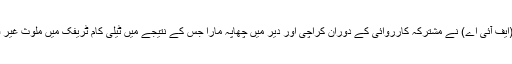
پی ٹی اے اور فیڈرل انوسٹی گیشن ایجنسی (ایف آئی اے) نے مشترکہ کارروائی کے دوران کراچی اور دیر میں چھاپہ مارا جس کے نتیجے میں ٹیلی کام ٹریفک میں ملوث غیر قانونی گیٹ ویز قبضے میں لے لئے گئے ۔